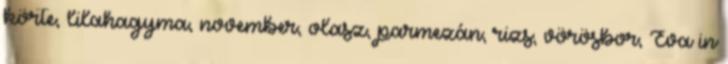
körte, lilahagyma, november, olasz, parmezán, rizs, vörösbor, Éva in